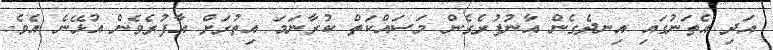
އަދި އެތަނުގައި އިނދެގެން އާނުފުރެގެން މަސައްކަތް ކުރާނަމަ އިތުރަށް އާފުރެވެން އުޅޭނެ އެވެ.